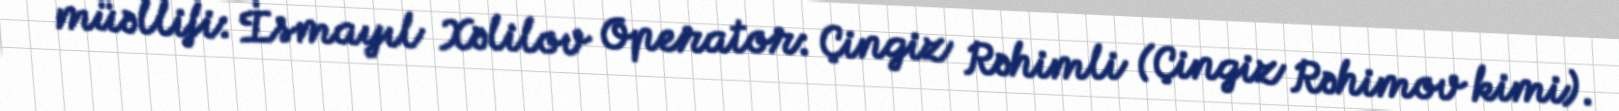
müəllifi: İsmayıl Xəlilov Operator: Çingiz Rəhimli (Çingiz Rəhimov kimi).